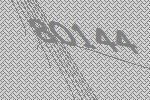
80144